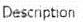
DESCRIPTION